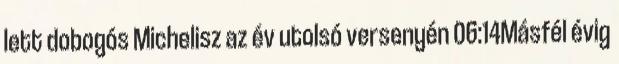
lett dobogós Michelisz az év utolsó versenyén 06:14Másfél évig